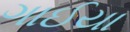
ગાઈયા